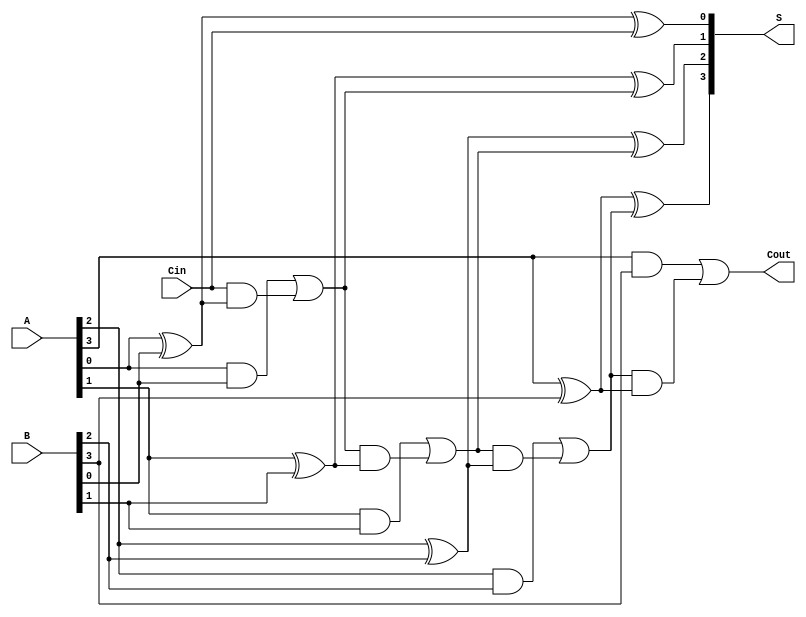
module ParallelFullAdder #(parameter n = 4) (
    input [n-1:0] A,      // n-bit binary number A
    input [n-1:0] B,      // n-bit binary number B
    input Cin,            // Carry-in for the least significant bit
    output [n-1:0] S,     // n-bit sum output
    output Cout           // Carry-out from the most significant bit
);

    wire [n:0] carry;     // Internal carry wires

    // Assign the initial carry-in
    assign carry[0] = Cin;

    // Generate the sum and carry for each bit
    genvar i;
    generate
        for (i = 0; i < n; i = i + 1) begin : full_adder
            // Sum output
            assign S[i] = A[i] ^ B[i] ^ carry[i]; // S[i] = A[i] XOR B[i] XOR carry[i]
            
            // Carry output
            assign carry[i + 1] = (A[i] & B[i]) | (carry[i] & (A[i] ^ B[i])); // Cout[i] = (A[i] AND B[i]) OR (carry[i] AND (A[i] XOR B[i]))
        end
    endgenerate

    // Final carry-out
    assign Cout = carry[n]; // Cout = carry from the last full adder

endmodule